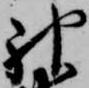
神